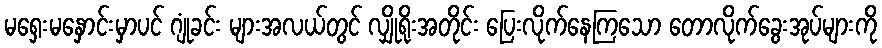
မရှေးမနှောင်းမှာပင် ဂျုံခင်း များအလယ်တွင် လျှိုရိုးအတိုင်း ပြေးလိုက်နေကြသော တောလိုက်ခွေးအုပ်များကို